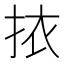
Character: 挔